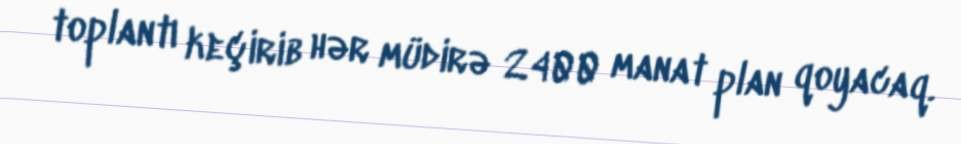
toplantı keçirib hər müdirə 2400 manat plan qoyacaq.